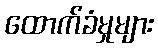
ထောက်ခံမှုများ